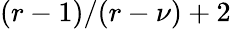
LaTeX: (r-1)/(r-\nu)+2